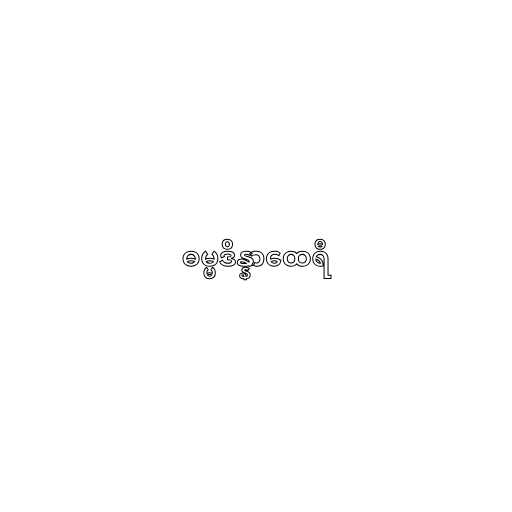
ဓမ္မဒိန္နာထေရီ